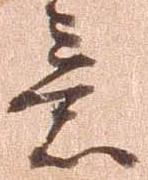
意